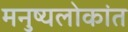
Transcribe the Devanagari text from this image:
मनुष्यलोकांत